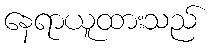
နေရာယူထားသည်